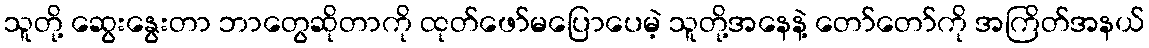
သူတို့ ဆွေးနွေးတာ ဘာတွေဆိုတာကို ထုတ်ဖော်မပြောပေမဲ့ သူတို့အနေနဲ့ တော်တော်ကို အကြိတ်အနယ်